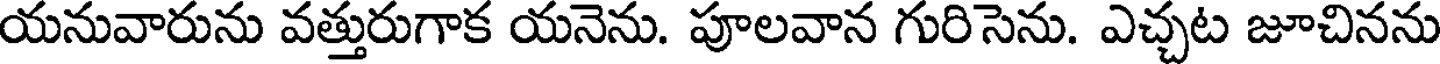
యనువారును వత్తురుగాక యనెను. పూలవాన గురిసెను. ఎచ్చట జూచినను